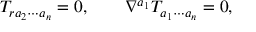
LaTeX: T _ { r a _ { 2 } \cdots a _ { n } } = 0 , \qquad \nabla ^ { a _ { 1 } } T _ { a _ { 1 } \cdots a _ { n } } = 0 ,